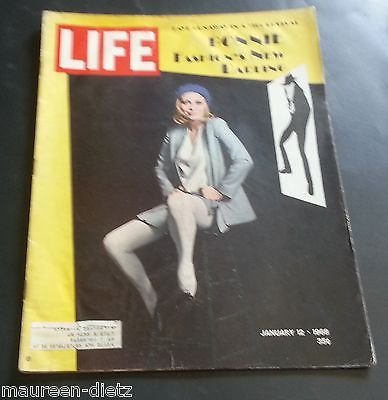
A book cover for Life Magazine January 12, 1968 - Cover: Faye Dunaway; Science & Math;